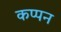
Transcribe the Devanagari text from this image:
कप्पन